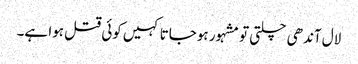
لال آندھی چلتی تو مشہور ہوجاتا کہیں کوئی قتل ہوا ہے۔